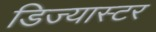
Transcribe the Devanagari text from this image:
डिज्यास्टर